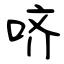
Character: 哜